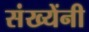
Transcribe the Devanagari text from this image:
संख्येंनी